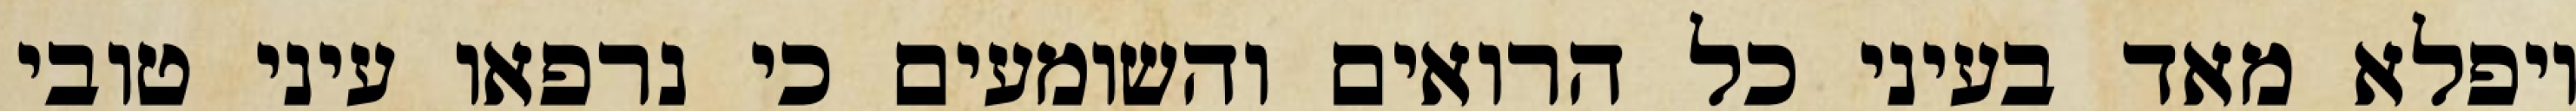
ויפלא מאד בעיני כל הרואים והשומעים כי נרפאו עיני טובי